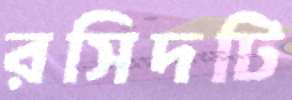
রসিদটি